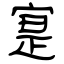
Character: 寔